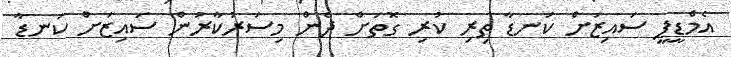
އެމްޑީޕީ ސަައިޒަށް ކަނޑާ ތިރި ކުރި ގޮތަށް ދެން މިސަރުކާރުން ސައިޒަށް ކަނޑާ